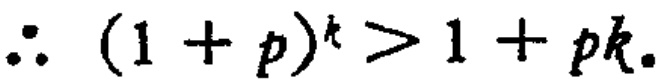
\(\therefore (1 + p)^{k} > 1 + pk.\)